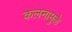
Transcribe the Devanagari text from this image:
कलनामुळे